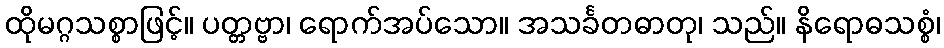
ထိုမဂ္ဂသစ္စာဖြင့်။ ပတ္တဗ္ဗာ၊ ရောက်အပ်သော။ အသင်္ခတဓာတု၊ သည်။ နိရောဓသစ္စံ၊